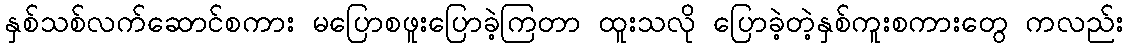
နှစ်သစ်လက်ဆောင်စကား မပြောစဖူးပြောခဲ့ကြတာ ထူးသလို ပြောခဲ့တဲ့နှစ်ကူးစကားတွေ ကလည်း